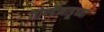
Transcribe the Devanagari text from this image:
तोण्डैनाडूच्या